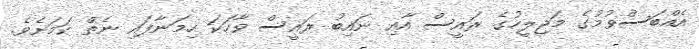
އެއްބަސްވުމުގެ މަޖިލީހުގެ ރައީސް އާއި ނައިބު ރައީސް ވާހަކަ ހިމަނާފައި ނެތް ކަމަށެވެ.